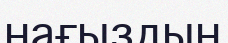
нағыздың